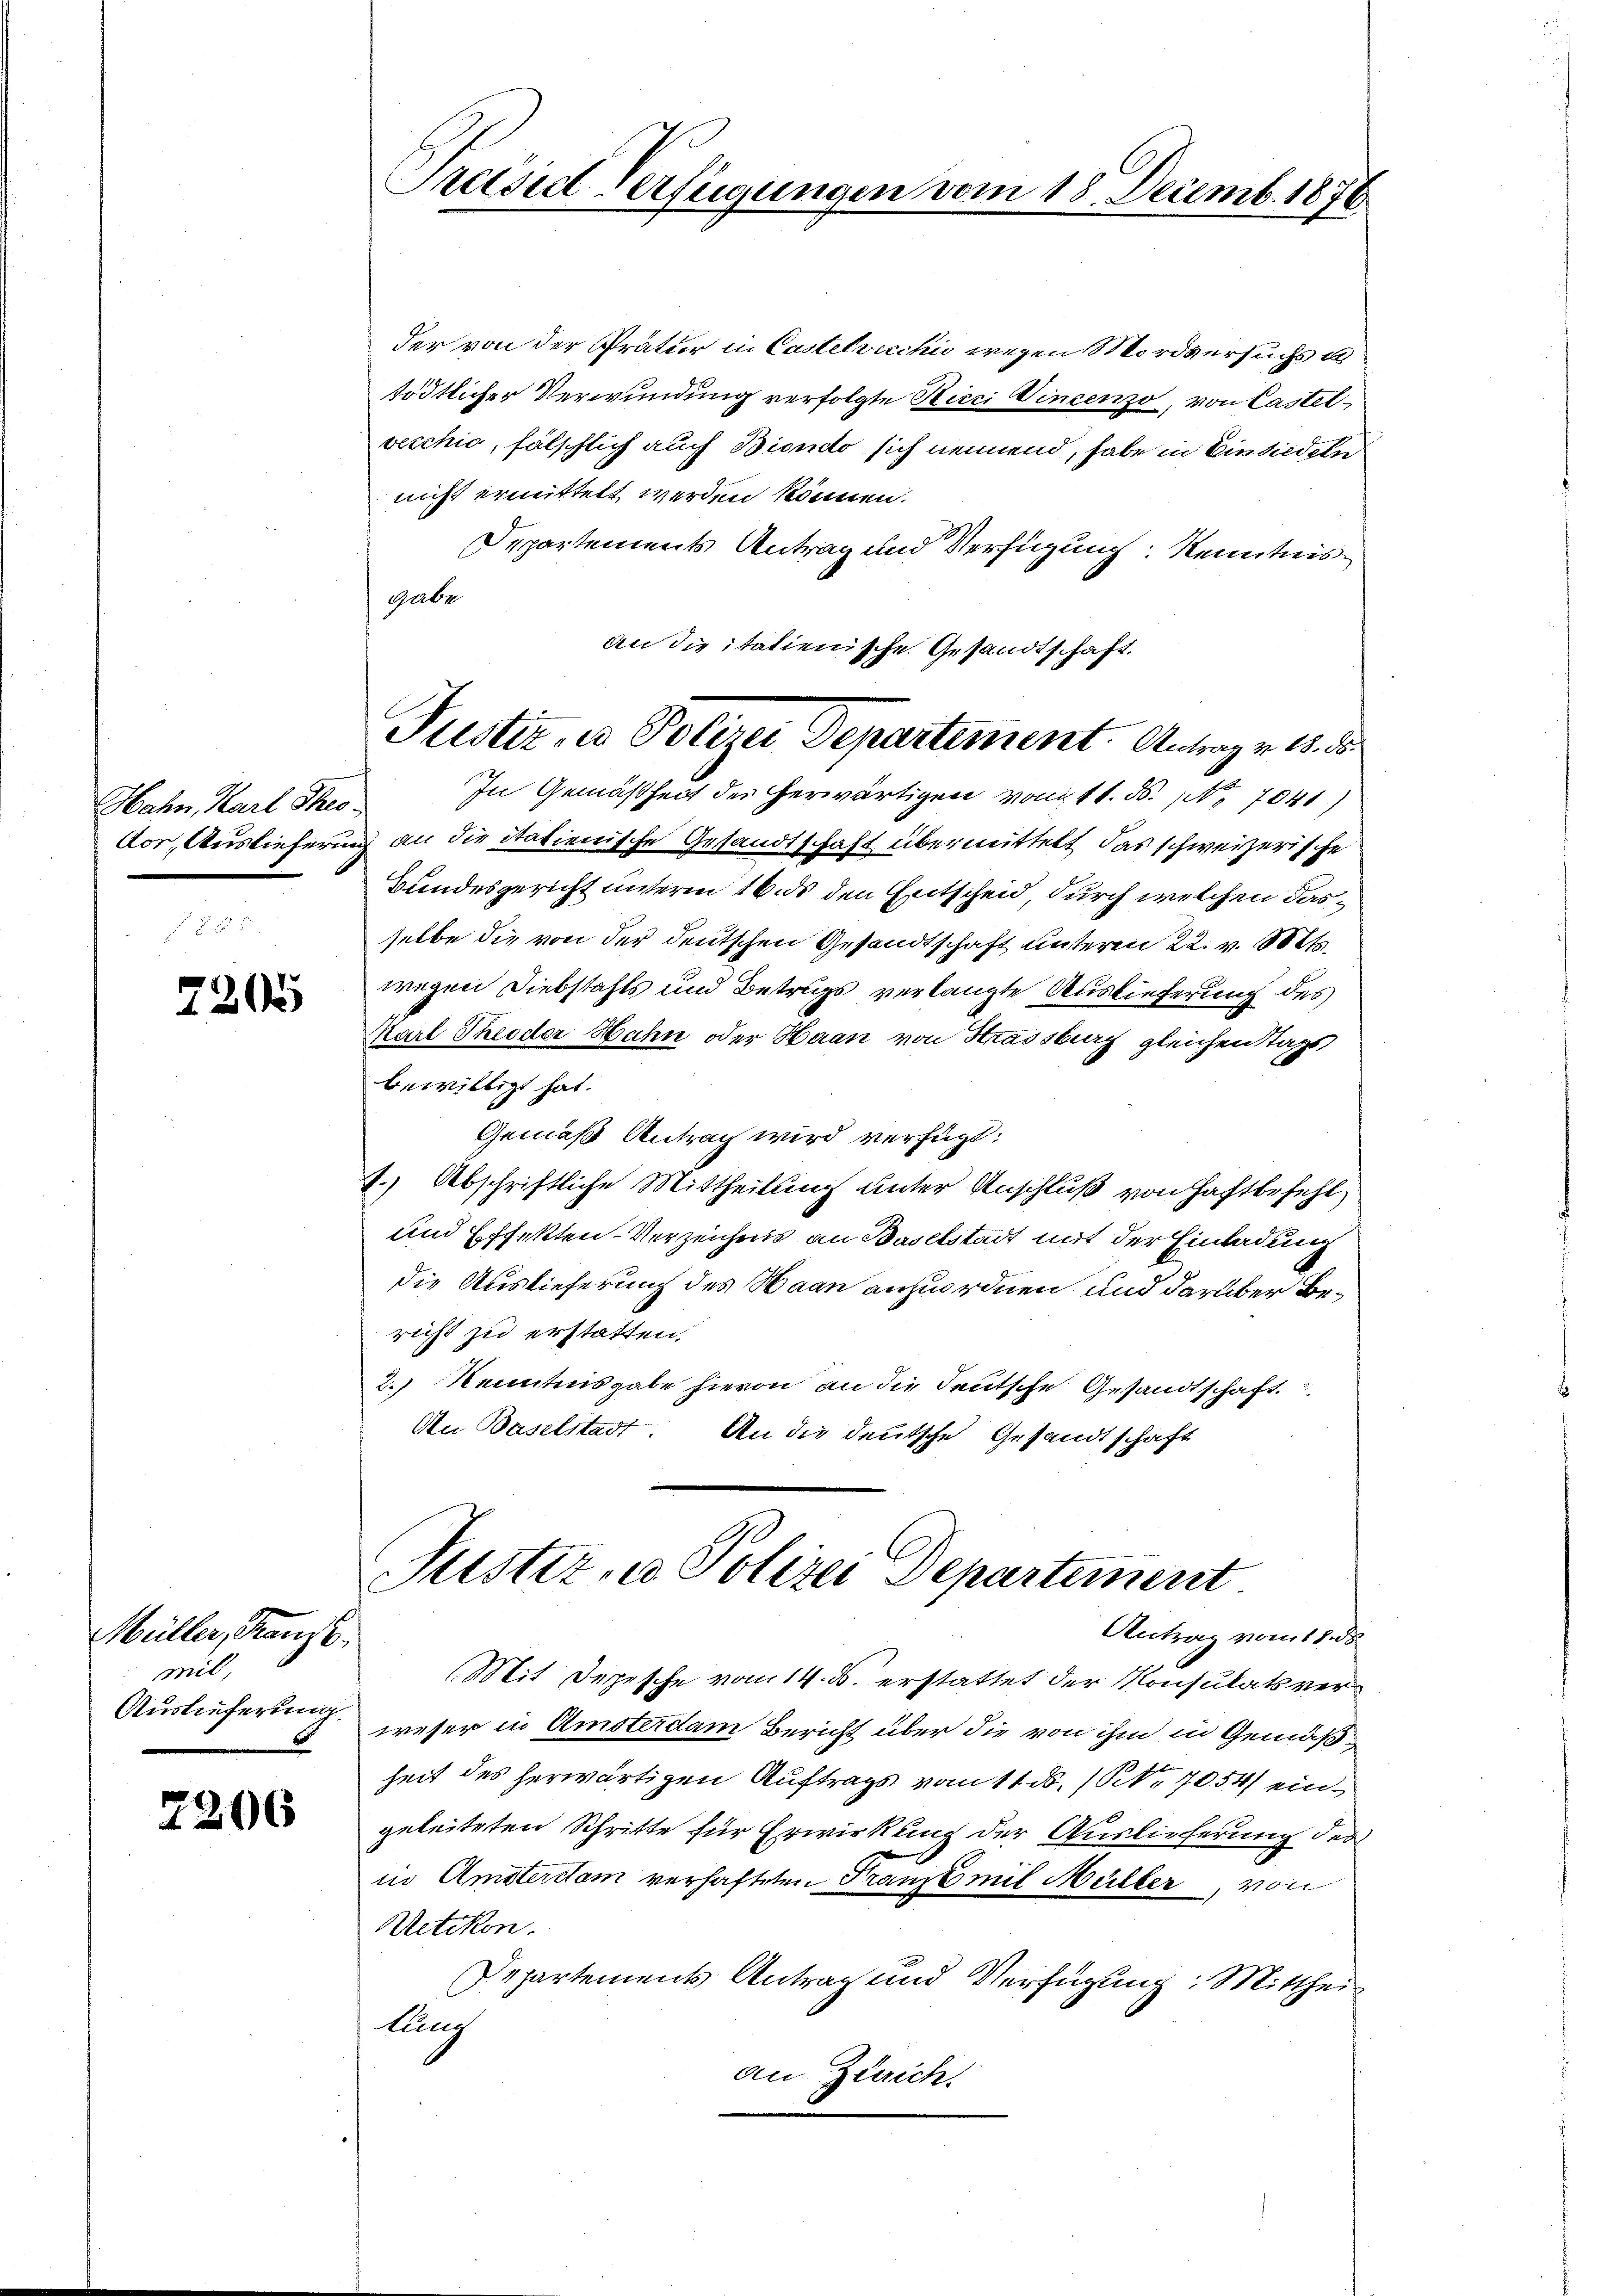
Hahn, Karl Theo-
dor, Auslieferun

2205

Müller, Kanzl
mil,

2206

Præsid Verfügungen vom 18. Decemb. 1876

der von der Prätur in Castelvicchić wegen Mordversuchs u
tödtlicher Verwundung verfolgte Ricci Vincenzo, von Castetvecchio, fälschlich auch Biendo sich nennend, habe in Einsiedeln
nicht ermittelt werden können.
Departements Antrag und Verfügung Kenntnisgabe
an die italienische Gesandtschaft.
In Gemäßheit des herwärtigen vom 11. d. 1 7041)
) an die italienische Gesandtschaft übermittelt das schweizerische
Bundesgericht unteren 16. ds den Entscheid, durch welchen dasselbe die von der deutschen Gesandtschaft unteren 22. v. Mts.
wegen Diebstahls und Betrugs verlangte Auslieferung des
Marl Theoder Hahn oder Haan von Strassburg gleichen Stags
bewilligt hat.
Gemäß Antrag wird verfügt:
1.) Abschriftliche Mittheilung unter Anschluß von Haftbefehl
und Effekten-Verzeichnis an Baselstadt mit der Einladung
die Auslieferung des Maau anzuordnen und darüber Bericht zu erstatten.
2.) Kenntnisgabe hievon an die deutsche Gesandtschaft.
An Baselstadt. An die deutsche Gesandtschaft

Justiz- u Polizei Departement. Antrag v. 18. 38.

Justiz, u. Polizei Departement
Antrag vom 18. 38

(Mit Depesche vom 14. ds. erstattet der Konsulats ver¬
Auslieferung weser in Amsterdam Bericht über die von ihm in Gemäßheit des herwärtigen Auftrags vom 11. d. 1. 7054) eingeleiteten Schritte für Erwirkung der Auslieferung der
in Amsteritam verhafteten Franz mit Müller, von
Uetikon.
Departements Antrag und Verfügung: Mittheilung
an Zürich.